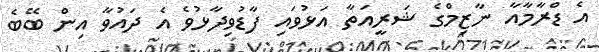
އެ ޑްރާމާއާ ނާޒިމްގެ ޝަރީއަތާ އަޅުވައި ފާޑުވިދާޅުވެ އެ ދައުވާ އިން ބޭބެ